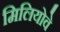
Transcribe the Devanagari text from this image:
मिलियोवे